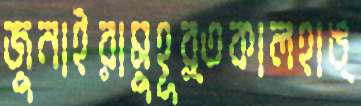
জুনাইরামুহূর্তকালহাঙ্